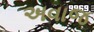
અવાજ